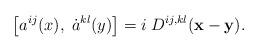
LaTeX: \begin{align*}\left [a^{ij}(x),\; \dot{a}^{kl}(y)\right ] = i\;D^{ij,kl}({\bf x-y}).\end{align*}